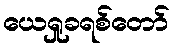
ယေရှုခရစ်တော်